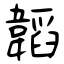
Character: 韜